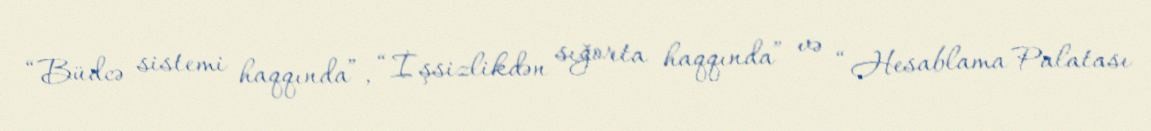
“Büdcə sistemi haqqında”, “İşsizlikdən sığorta haqqında” və “Hesablama Palatası